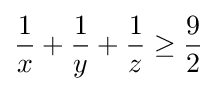
{\frac {1}{x}}+{\frac {1}{y}}+{\frac {1}{z}}\geq {\frac {9}{2}}